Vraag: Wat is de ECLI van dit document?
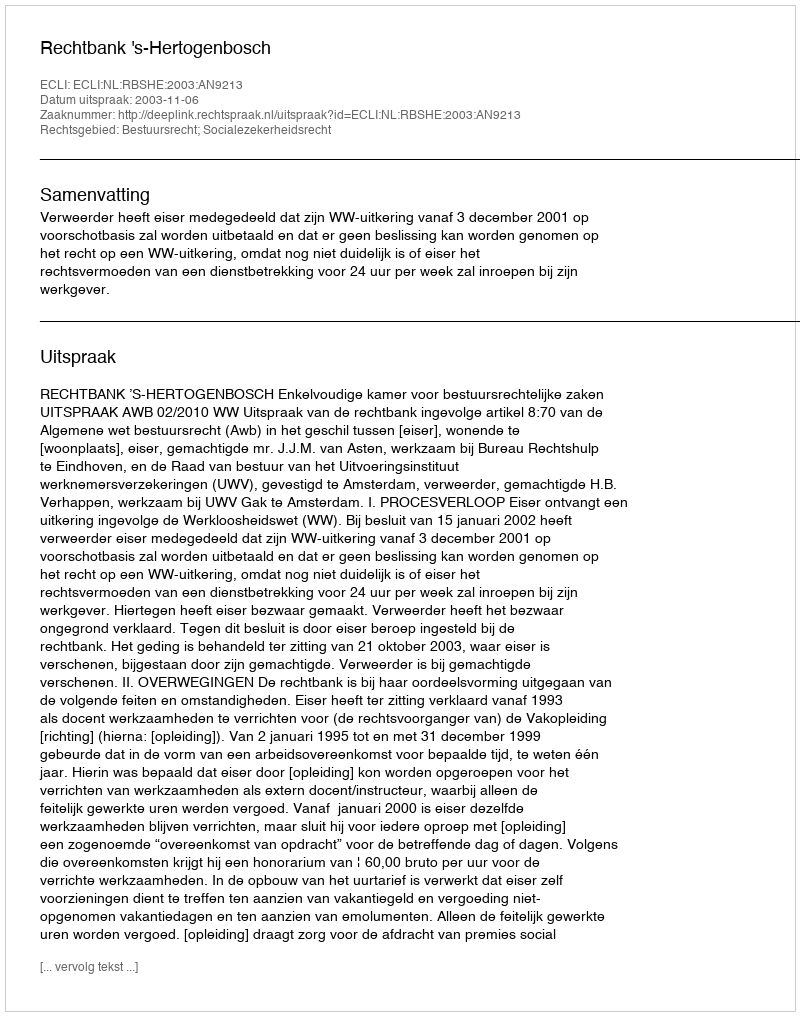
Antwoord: ECLI:NL:RBSHE:2003:AN9213